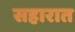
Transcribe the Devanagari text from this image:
सहारात